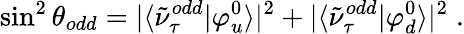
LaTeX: \sin^{2}{\theta_{odd}}=|\langle\tilde{\nu}_{\tau}^{odd}|\varphi_{u}^{0}\rangle|^{2}+|\langle\tilde{\nu}_{\tau}^{odd}|\varphi_{d}^{0}\rangle|^{2}\; .